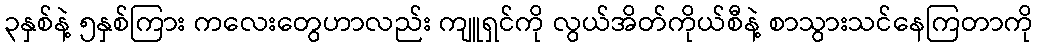
၃နှစ်နဲ့ ၅နှစ်ကြား ကလေးတွေဟာလည်း ကျူရှင်ကို လွယ်အိတ်ကိုယ်စီနဲ့ စာသွားသင်နေကြတာကို